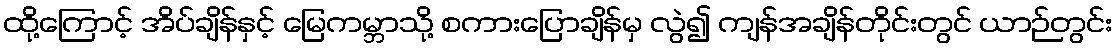
ထို့ကြောင့် အိပ်ချိန်နှင့် မြေကမ္ဘာသို့ စကားပြောချိန်မှ လွဲ၍ ကျန်အချိန်တိုင်းတွင် ယာဉ်တွင်း